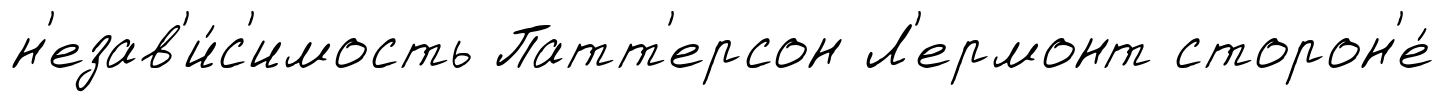
н'езав'и́с'имость Патт'ерсон Л'ермонт сторон'е́